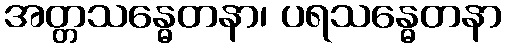
အတ္တသန္ဓေတနာ၊ ပရသန္ဓေတနာ